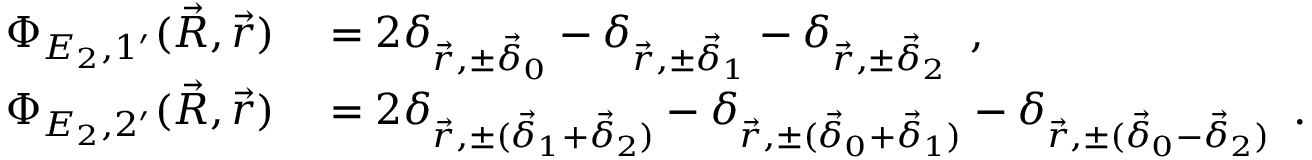
\begin{array} { r l } { \Phi _ { E _ { 2 } , 1 ^ { \prime } } ( \vec { R } , \vec { r } ) } & { { } = 2 \delta _ { \vec { r } , \pm \vec { \delta } _ { 0 } } - \delta _ { \vec { r } , \pm \vec { \delta } _ { 1 } } - \delta _ { \vec { r } , \pm \vec { \delta } _ { 2 } } \, \mathrm { ~ , ~ } } \\ { \Phi _ { E _ { 2 } , 2 ^ { \prime } } ( \vec { R } , \vec { r } ) } & { { } = 2 \delta _ { \vec { r } , \pm ( \vec { \delta } _ { 1 } + \vec { \delta } _ { 2 } ) } - \delta _ { \vec { r } , \pm ( \vec { \delta } _ { 0 } + \vec { \delta } _ { 1 } ) } - \delta _ { \vec { r } , \pm ( \vec { \delta } _ { 0 } - \vec { \delta } _ { 2 } ) } \, \mathrm { ~ . ~ } } \end{array}